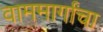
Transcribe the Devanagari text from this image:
वाममार्गांचा